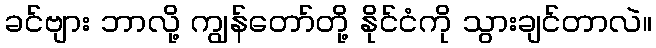
ခင်ဗျား ဘာလို့ ကျွန်တော်တို့ နိုင်ငံကို သွားချင်တာလဲ။